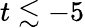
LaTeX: t\lesssim-5